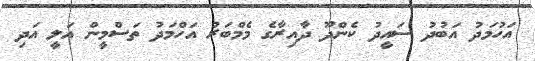
އަހުމަދު އަބުދު ސައީދު ކެންދޫ ދާއިރާގެ މެމްބަރު އަހްމަދު ތަސްމީން އަލީ އަދި